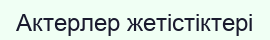
Актерлер жетістіктері